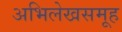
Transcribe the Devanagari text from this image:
अभिलेखसमूह